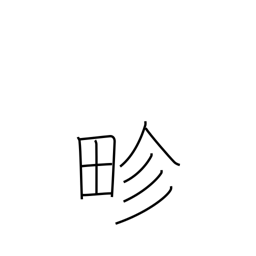
Meaning: boundary between paddies